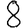
Digit: 8